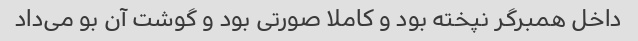
داخل همبرگر نپخته بود و کاملا صورتی بود و گوشت آن بو می‌داد